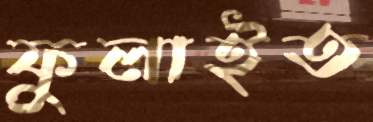
ফুলাইত